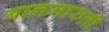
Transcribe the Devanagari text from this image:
बालमारुती